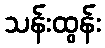
သန်းထွန်း